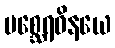
မစ္ဆေရဝိနယေ